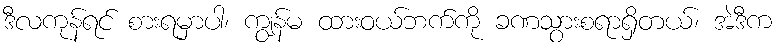
ဒီလကုန်ရင် စားရမှာပါ၊ ကျွန်မ ထားဝယ်ဘက်ကို ခဏသွားစရာရှိတယ်၊ အဲဒီက